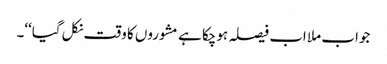
جواب ملا اب فیصلہ ہوچکا ہے مشوروں کا وقت نکل گیا‘‘۔